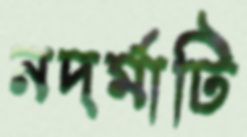
নদর্মাটি